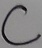
Text: C